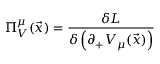
\Pi _ { V } ^ { \mu } ( { \vec { x } } ) = \frac { \delta { L } } { \delta \left( \partial _ { + } V _ { \mu } ( \vec { x } ) \right) }